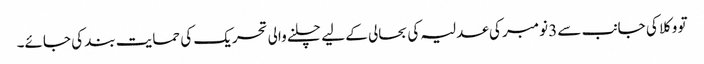
تو وکلا کی جانب سے3 نومبر کی عدلیہ کی بحالی کے لیے چلنے والی تحریک کی حمایت بند کی جائے۔